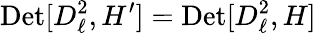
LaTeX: \mathrm{Det}[D_{\ell}^{2},H^{\prime}]=\mathrm{Det}[D_{\ell}^{2},H]